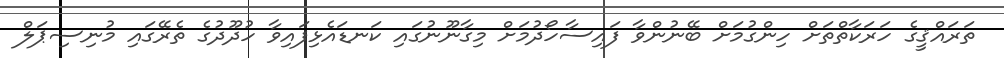
ތަރައްޤީގެ ހަރަކާތްތަށް ހިންގުމަށް ބޭނުންވާ ފައިސާހޯދުމަށް މިގާނޫނުގައި ކަނޑައެޅިފައިވާ ހުދޫދުގެ ތެރޭގައި މުނިސިޕަލް